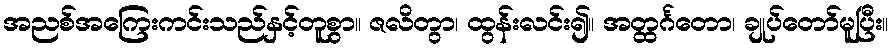
အညစ်အကြေးကင်းသည်နှင့်တူစွာ။ ဇလိတွာ၊ ထွန်းလင်း၍။ အတ္ထင်္ဂတော၊ ချုပ်တော်မူပြီး။